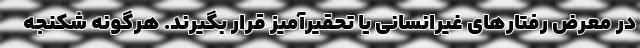
در معرض رفتارهای غیرانسانی یا تحقیرآمیز قرار بگیرند. هرگونه شکنجه